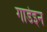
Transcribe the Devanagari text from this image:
गार्डइन